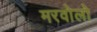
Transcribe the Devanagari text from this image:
मरवोलो